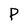
Character: P